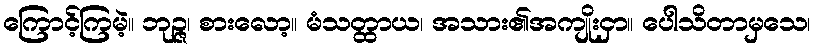
ကြောင့်ကြမဲ့။ ဘုဉ္ဇ၊ စားလော့။ မံသတ္ထာယ၊ အသား၏အကျိုးငှာ။ ပေါသိတာမှသေ၊